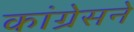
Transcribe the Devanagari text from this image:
कांग्रेसने